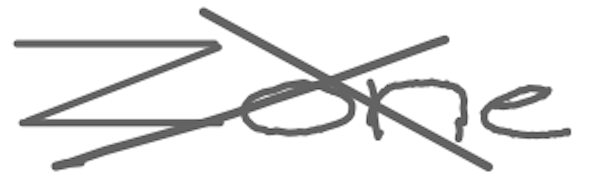
Text: Zone
Cross-out: cross
Writing tool: digital_gray